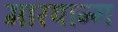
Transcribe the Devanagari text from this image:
मारयान्ग